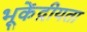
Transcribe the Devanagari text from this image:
भूकेंद्रीयता